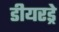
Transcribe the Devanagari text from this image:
डीयरड्रे